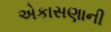
એકાસણાની